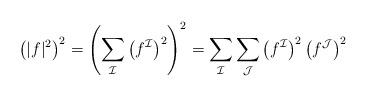
LaTeX: \begin{align*}\left(|f|^2\right)^2 = \left( \sum_{\mathcal{I}} \left(f^\mathcal{I}\right)^2\right)^2 = \sum_{\mathcal{I}}\sum_\mathcal{J} \left(f^\mathcal{I}\right)^2 \left(f^\mathcal{J}\right)^2\end{align*}